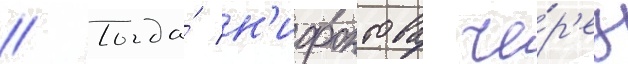
// Тогда́ н'ифонтова че́р'ез